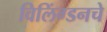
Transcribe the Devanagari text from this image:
विलिंग्डनचे